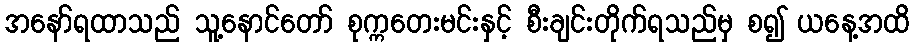
အနော်ရထာသည် သူ့နောင်တော် စုက္ကတေးမင်းနှင့် စီးချင်းတိုက်ရသည်မှ စ၍ ယနေ့အထိ